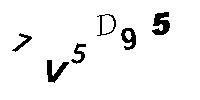
7V5D95